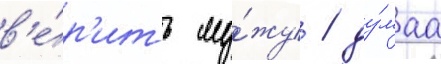
в'е́р'ить му́жу / ду́маа